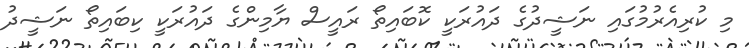
މި ކުރިއެރުމުގައި ނަޝީދުގެ ދައުރަކީ ކޮބައިތޯ ރައީސް ޔާމިންގެ ދައުރަކީ ކިބައިތޯ ނަޝީދު